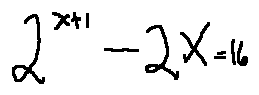
2 ^ { x + 1 } - 2 x = 1 6